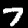
Digit: 7